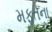
મફતના